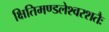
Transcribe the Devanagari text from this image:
क्षितिमण्डलेश्वरशतैः